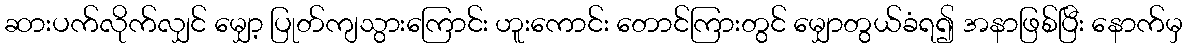
ဆားပက်လိုက်လျှင် မျှော့ ပြုတ်ကျသွားကြောင်း ဟူးကောင်း တောင်ကြားတွင် မျှောတွယ်ခံရ၍ အနာဖြစ်ပြီး နောက်မှ